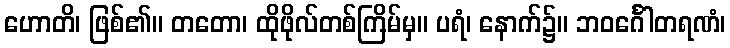
ဟောတိ၊ ဖြစ်၏။ တတော၊ ထိုဖိုလ်တစ်ကြိမ်မှ။ ပရံ၊ နောက်၌။ ဘဝင်္ဂေါတရဏံ၊